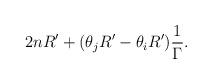
LaTeX: \begin{align*}2 n R' + (\theta_j R' - \theta_i R') \frac {1}{\Gamma}.\end{align*}